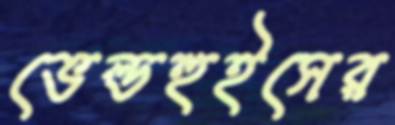
ভেল্ডহুইসের